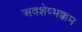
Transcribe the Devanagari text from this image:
अवशेष्भक्कम